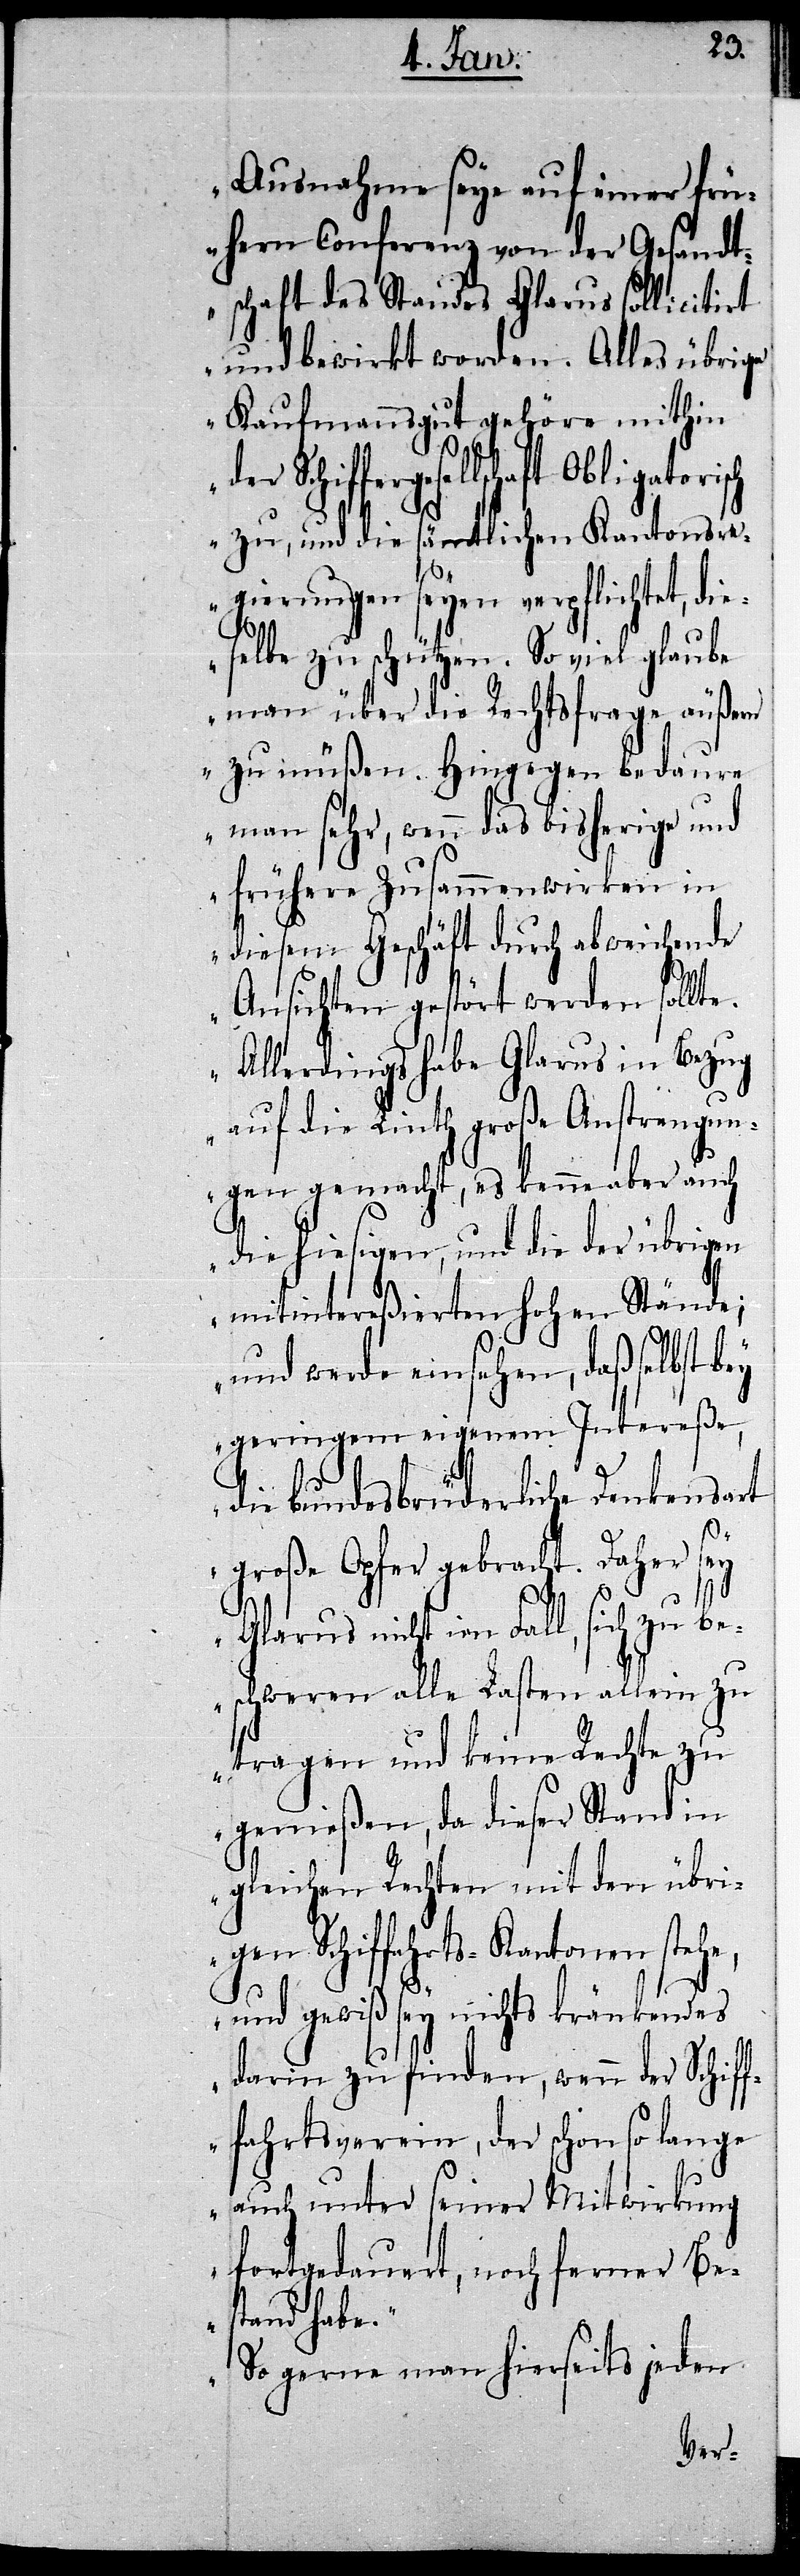
Ausnahme seye auf einer frü¬
hern Conferenz von der Gesandt¬
schaft des Standes Glarus sollicitirt
und bewirkt worden. Alles übrige
Kaufmannsgut gehöre mithin
zu, und die sämtlichen Kantonsr¬
egierungen seyen verpflichtet, di¬
eselbe zu schützen. So viel glaube
man über die Rechtsfrage äußern
zu müßen. Hingegen bedaure
man sehr, wenn das bisherige und
frühere Zusammenwirken in
diesem Geschäft durch abweichende
Ansichten gestört werden sollt¬
Allerdings habe Glarus in Bezug
auf die Linth große Anstrengun¬
gen gemacht, es kenne aber auch
die hiesigen, und die der übrigen
mitintereßierten hohen Stände;
und werde einsehen, daß selbst bey
geringem eigenem Intereße,
die bundesbrüderliche Denkensart
he,
große Opfer gebracht. Daher sey
Glarus nicht im Fall, sich zu be¬
schweren alle Lasten allein zu
tragen und keine Rechte zu
genießen, da dieser Stand in
gleichen Rechten mit den übri¬
gen Schiffahrts-Kantonen ste¬
und gewiß sey nichts kränkendes
darin zu finden, wenn der Schif¬
ffahrtsverein, der schon so lang¬
e auch unter seiner Mitwirkung
fortgedauert, noch ferner Bes¬
tand habe.“
„So gerne man hierseits jeden